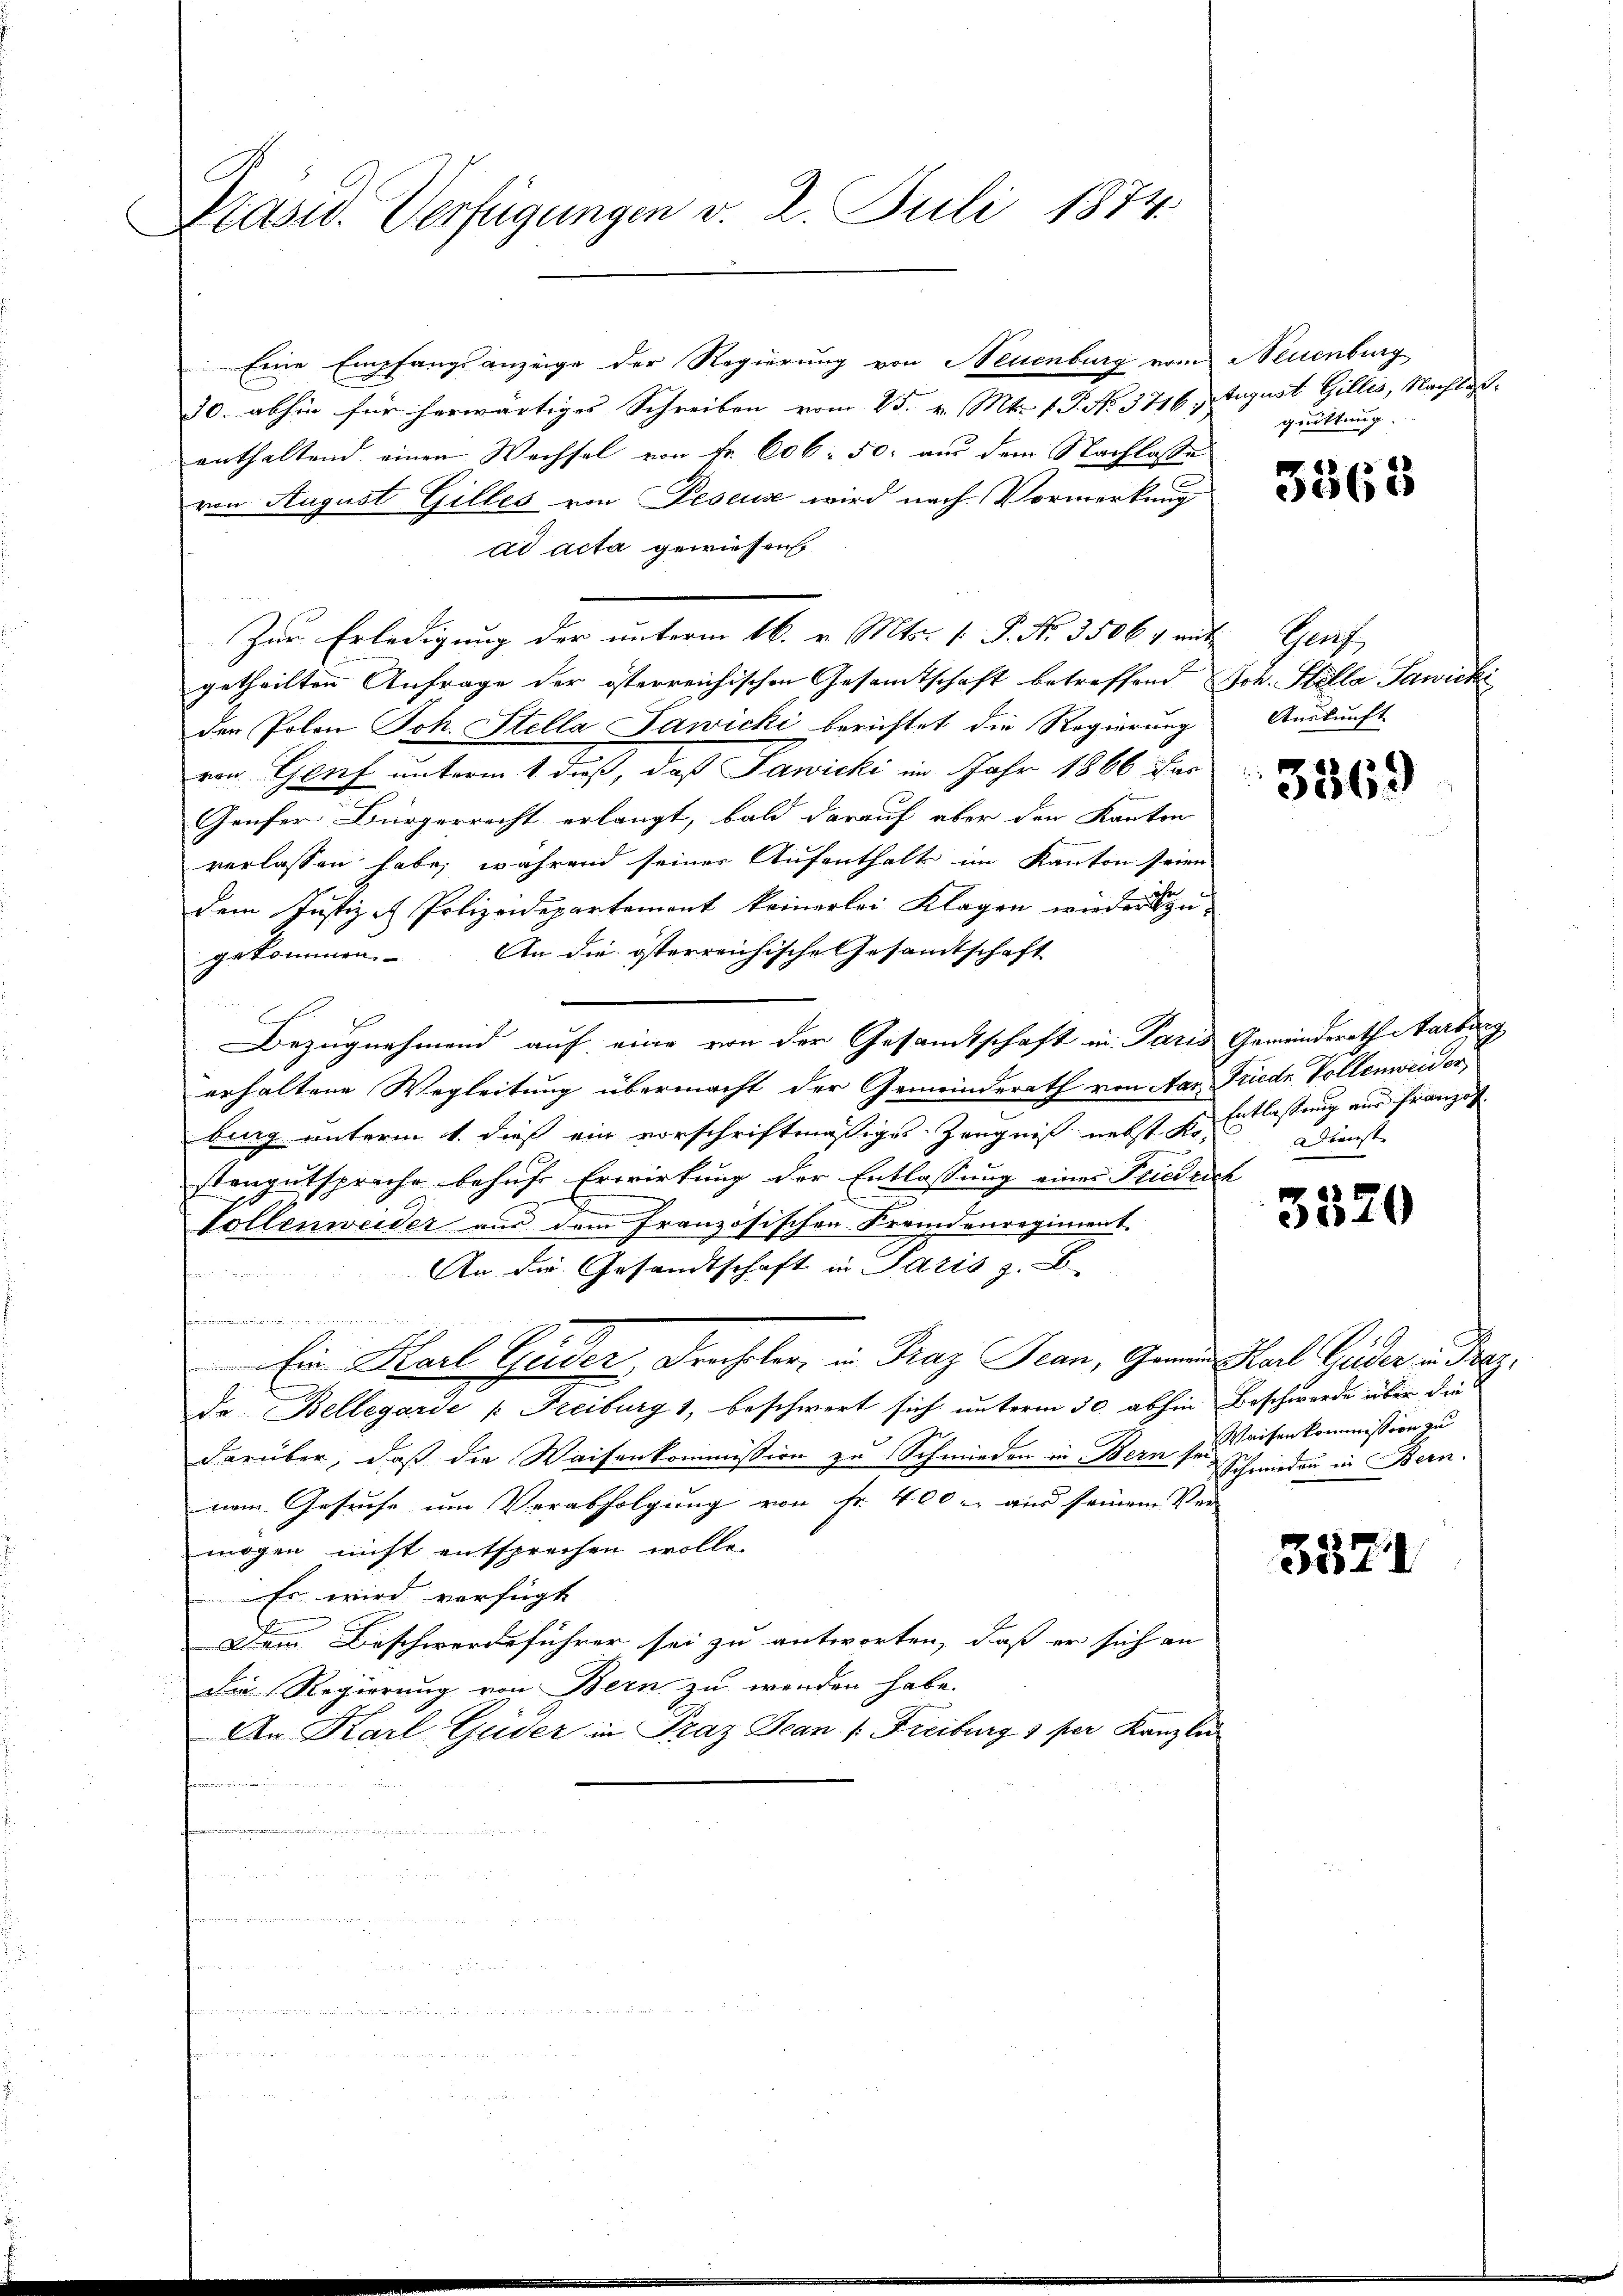
Stasw. Verfügungen v. 2. Juli 1874.

Eine Empfangsanzeige der Regierung von Neuenburg vom Neuenburg
30. abhin für herwärtiges Schreiben vom 25. v. Mts. f. P. No. 3716. August Gillis, Nachlaßenthaltend einen Wechsel von Fr. 606. 50. aus dem Nachlasse
von August Gilles von Feseus wird nach Vormerkung
ad acta gewissen.
Zur Erledigung der unterm 16. v. Mts. 1. P. Nr. 35064 mit Genf
getheilten Anfrage der österreichischen Gesamtschaft betreffend Joh. Stella Sawicke
den Polen Joh. Stella Sawicki berichtet die Regierung Auskunft
von Genf unterm 1. dieß, daß Jawicki im Jahr 1866 das
Genfer Bürgerrecht erlangt, bald darauf aber den Kanton
verlassen habe; während seiner Aufenthalt im Kanton seien
dem Justiz & Polizeidepartement keinerlei Klagen wiedergekommen. An die österreichische Gesandtschaft
C
Bezugnehmend auf eine von der Gesamtschaft in Paris Gemeinderath Marburg
erhaltene Wegleitung übermacht der Gemeinderath von Aar Friede Vollenweider
burg unterm 1. dieß ein vorschriftmäßiges Zeugniß nebst der Entlassung aus Franzos
stengutspriche behufe Erwirkung der Entlassung eines Friedrich
Vollenweider aus dem Französischen Fremdenregiment.
An die Gesandtschaft in Paris z. B.
firmainen
Ein Karl Geider, Frecheler, in Praz Jean, Gemein Karl Lieder v. Prag.
de Bellegarde /: Freiburg 1, beschwert sich unterm 30. abhin Beschwerde über die
darüber, daß die Waisenkommission zu Schmieden in Bern des Kaisenkommission zu
nem Gesuche um Verabfolgung von Fr. 400 l. und seinem Ver-
mögen nicht entsprechen wolle.
Es wird verfügt
Dem Beschwerdeführer sei zu antworten, daß er sich an
Die Regierung von Bern zu wenden habe.
An Karl Guder in Praz Jean /: Freiburg 1 per Kanzler

.

grüttung.

3363

3369

2. Ebenst

3520

Schmieden in Bern.

357